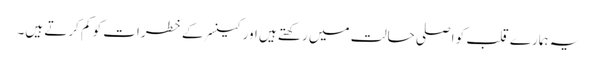
یہ ہمارے قلب کو اصلی حالت میں رکھتے ہیں اور کینسر کے خطرات کو کم کرتے ہیں۔